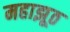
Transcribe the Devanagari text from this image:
महाझूठ